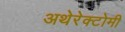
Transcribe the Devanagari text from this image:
अथेरेक्टोमी